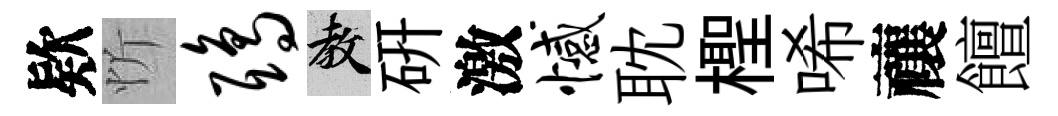
欵忻鸱教硏激憾耽檉唏禳饘